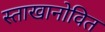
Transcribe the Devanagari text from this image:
स्ताखानोवित